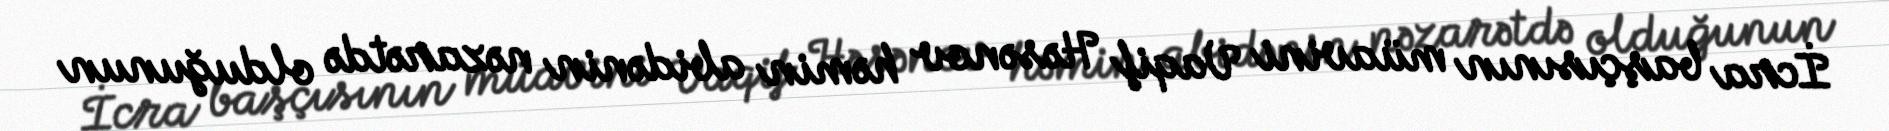
İcra başçısının müavini Vaqif Həsənov həmin abidənin nəzarətdə olduğunun